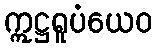
ဣဋ္ဌရူပံယေဝ